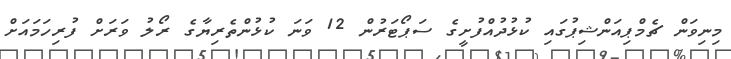
މިނިވަން ޗެމްޕިއަންޝިޕުގައި ކުޅުދުއްފުށީގެ ސަޕޯޓަރުން 12 ވަނަ ކުޅުންތެރިޔާގެ ރޯލު ވަރަށް ފުރިހަމައަށް